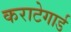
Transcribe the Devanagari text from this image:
कराटेगार्ड